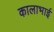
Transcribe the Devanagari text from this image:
कालाभाई